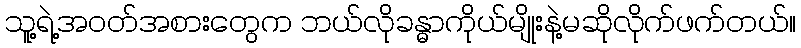
သူ့ရဲ့အဝတ်အစားတွေက ဘယ်လိုခန္ဓာကိုယ်မျိုးနဲ့မဆိုလိုက်ဖက်တယ်။